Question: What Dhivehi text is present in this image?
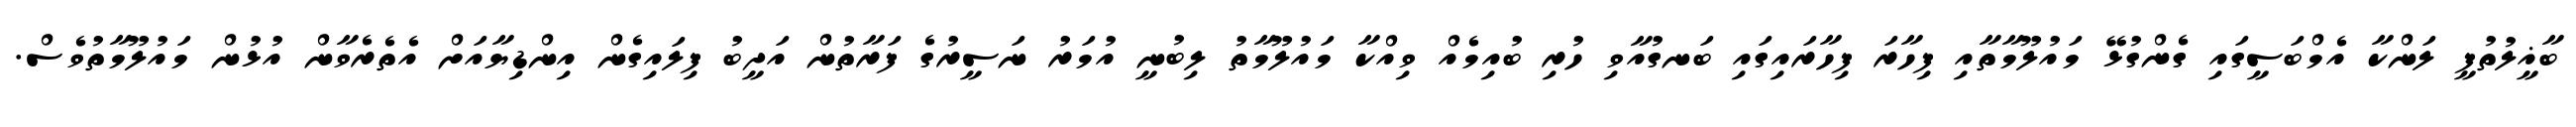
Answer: ބާޣީލުތުފީ ލަންކާ އެމްބަސީގައި ގެންގުޅޭ މައުލޫމާތާއި ފިހާރަ ފިހާރައިގައި ބަނގުއާވި ހުރި ބުއިމެއް ވިއްކާ މައުލޫމާތު ލިބުނީ އުމަރު ނަސީރުގެ ފަރާތުން އަދީބު ފިލައިގެން އިންޑިޔާއަށް އެތެރެވާން އުޅުން މައުލޫމާތުވެސް.